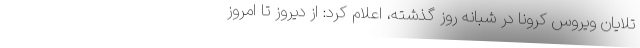
تلایان ویروس کرونا در شبانه روز گذشته، اعلام کرد: از دیروز تا امروز